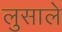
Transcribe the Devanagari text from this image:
लुसाले